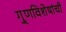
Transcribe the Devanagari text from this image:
गु्णविशेषांची